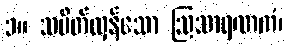
၁။ သပိတ်လှန်သော ဩသာရဏကံ၊